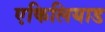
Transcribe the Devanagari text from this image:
एकिलियाड